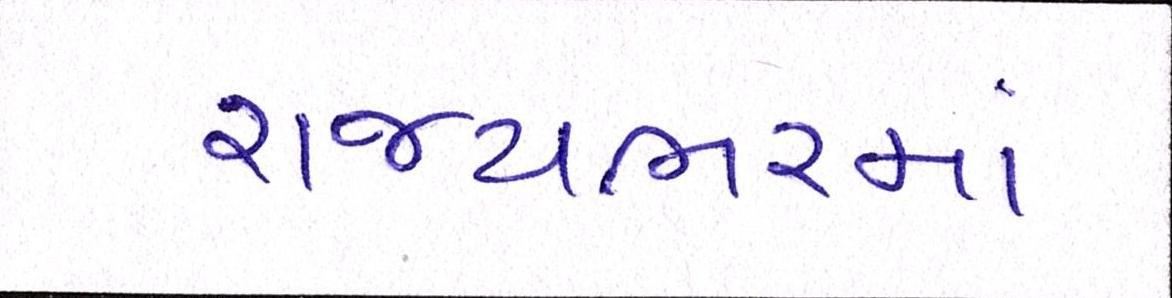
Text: રાજ્યભરમાં